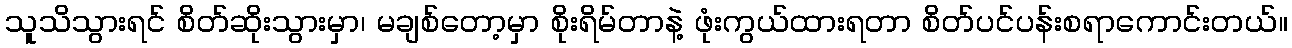
သူသိသွားရင် စိတ်ဆိုးသွားမှာ၊ မချစ်တော့မှာ စိုးရိမ်တာနဲ့ ဖုံးကွယ်ထားရတာ စိတ်ပင်ပန်းစရာကောင်းတယ်။